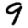
Digit: 9